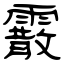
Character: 霰